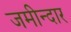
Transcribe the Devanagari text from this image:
जमीन्दार